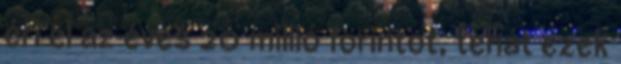
éri el az éves 20 millió forintot, tehát ezek